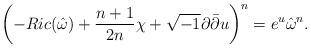
LaTeX: \begin{align*}\left(-Ric(\hat\omega)+\frac{n+1}{2n}\chi+\sqrt{-1}\partial\bar\partial u\right)^n=e^{u}\hat\omega^n.\end{align*}